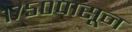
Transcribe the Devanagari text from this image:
१७५०पासून